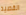
القصيد